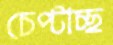
চেপ্‌টাচ্ছ